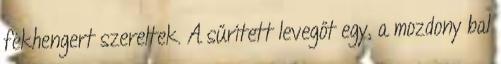
fékhengert szereltek. A sűrített levegőt egy, a mozdony bal